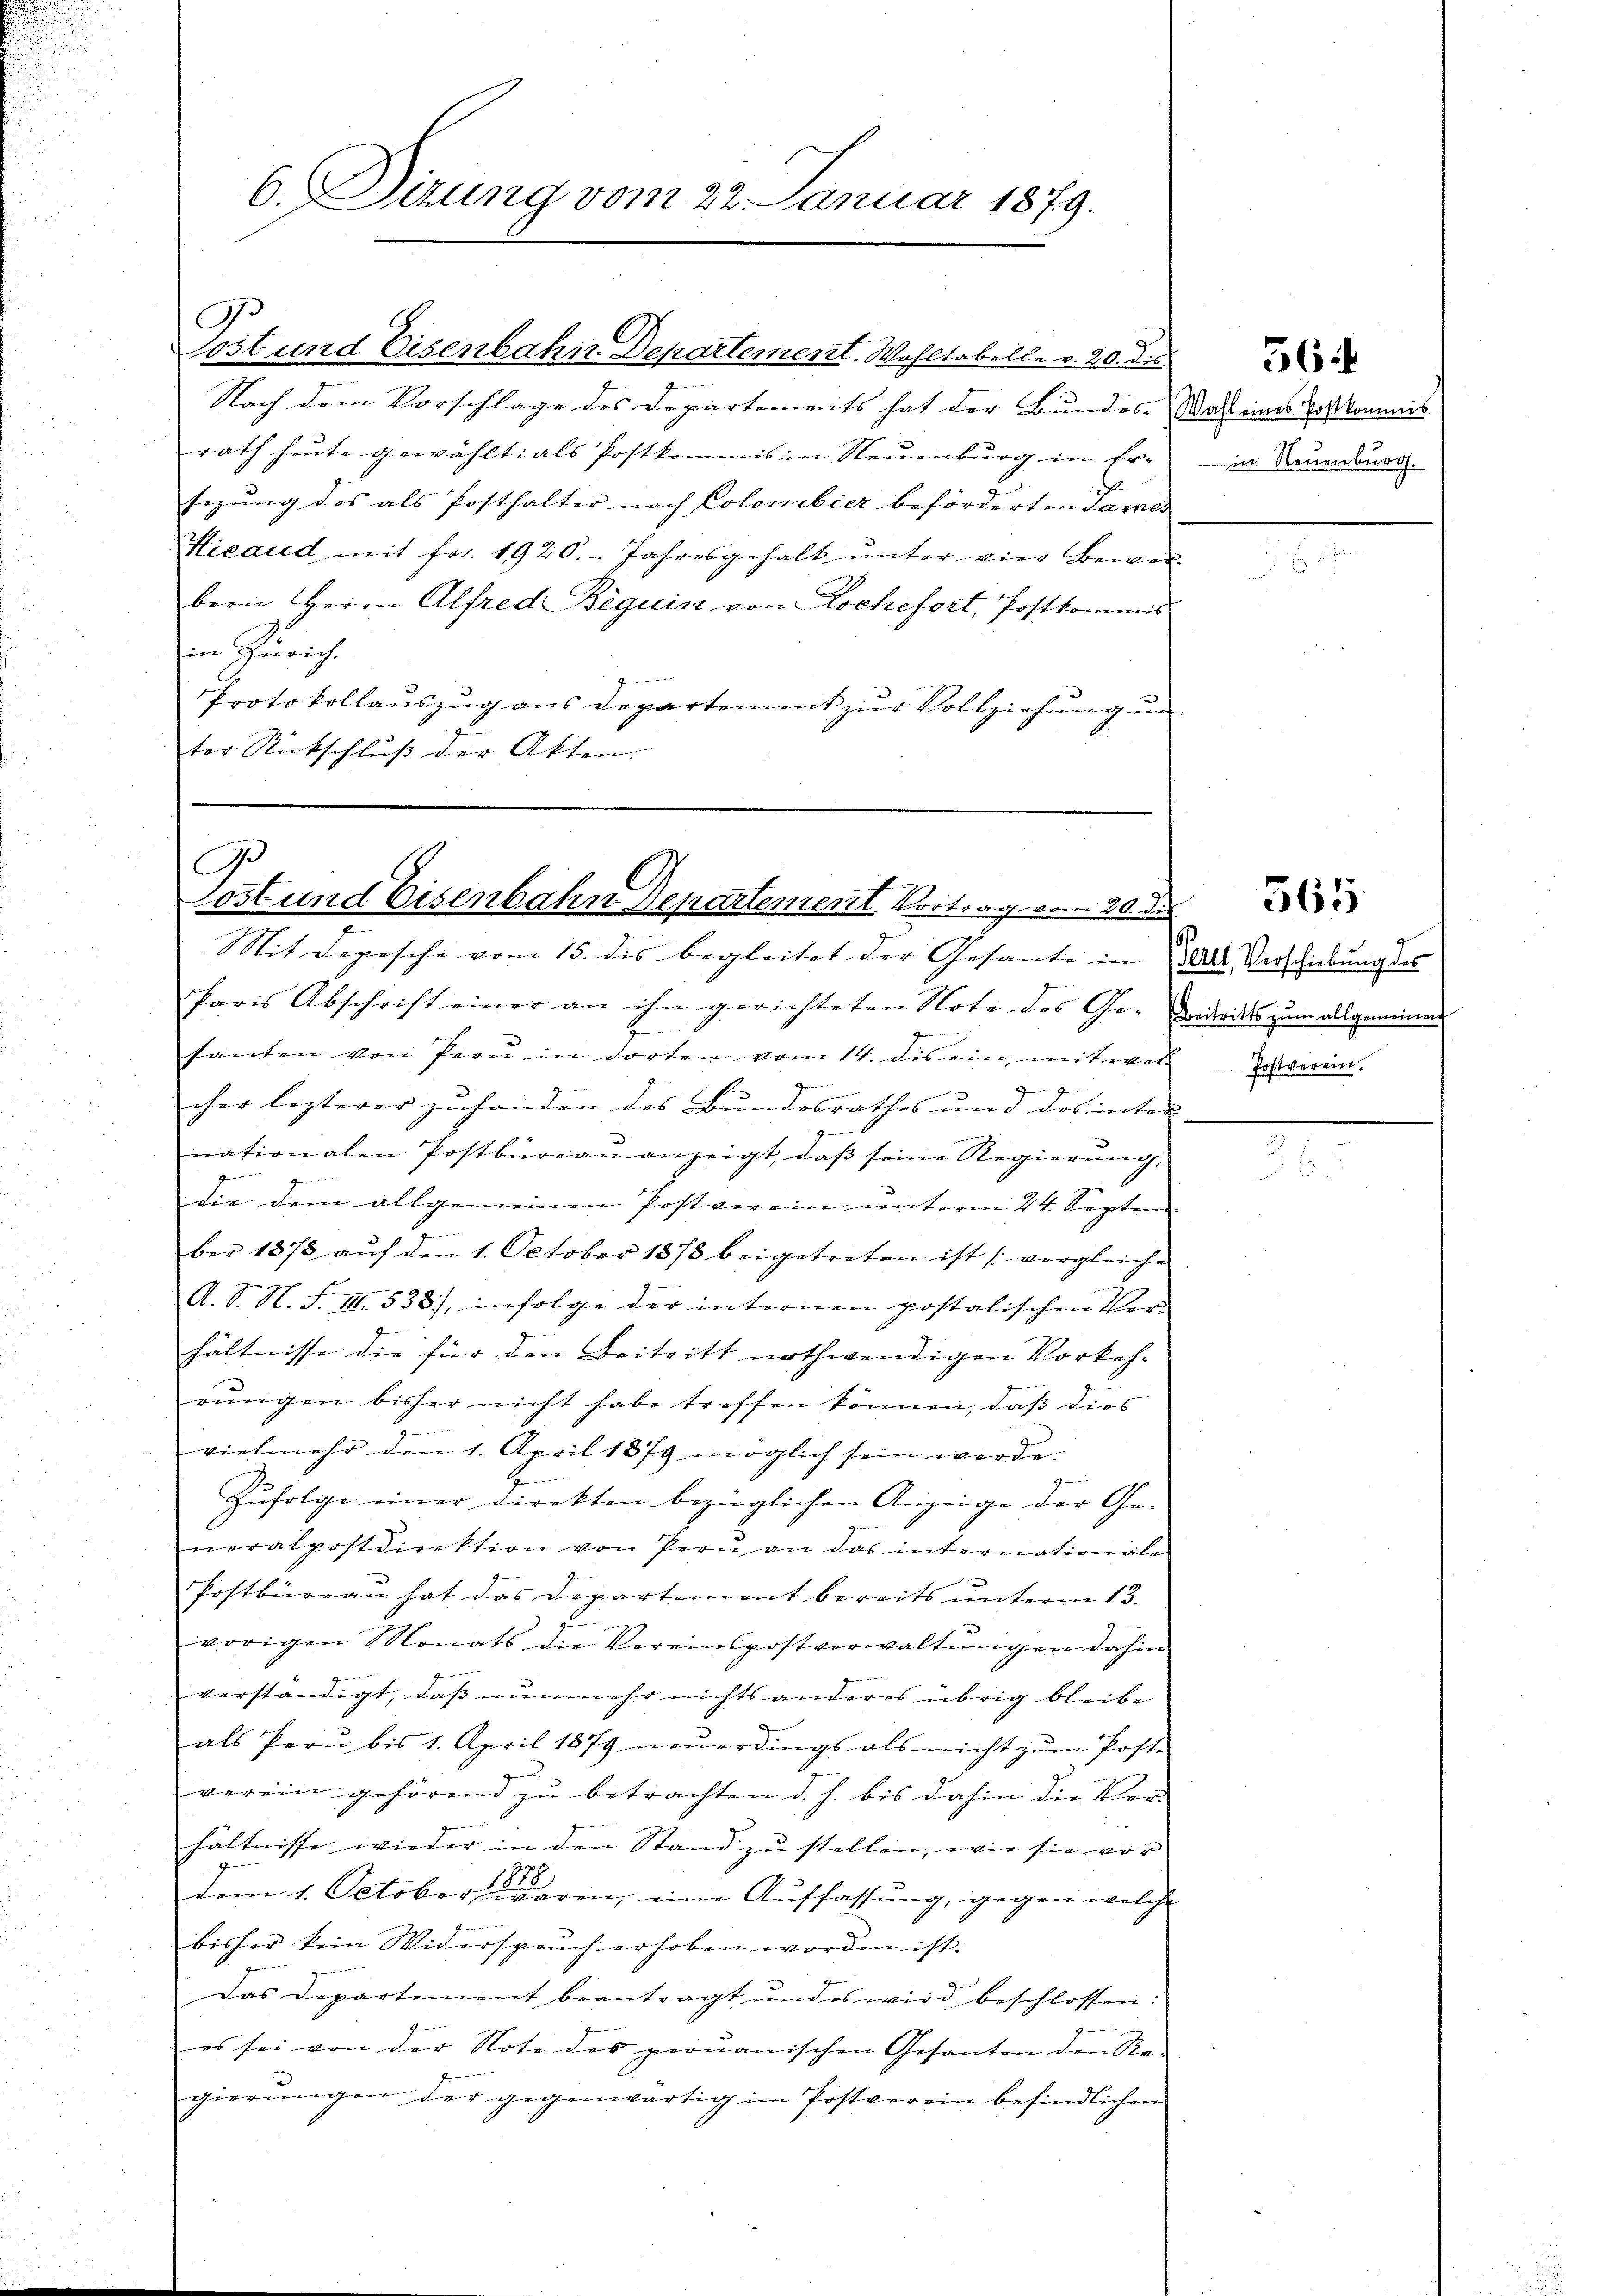
6. Sitzung vom 22. Januar 1879.

ost und Eisenbahn Departement. Wohltabelle v. 20. dis
Nach dem Vorschlage des Departements hat der Bundes-Wacht eines Loskommis
rath heute gewählt: als Postkommis in Neuenburg in Er-
sezung des als Posthalter nach Colonibier beförderten James
Hieaud mit fr. 1920. Jahresgehalt ŭnter vier Bewen-
bern Herrn Alfred Beguin von Rochefort, Postkommis
in Zürich.
Protokollaŭszŭg ans Departement zŭr Vollziehŭng un
ter Rückschluß der Akten.

G.

G
Cost und Eisenbahn Departement Vortrag vom 20. des

Mit Depesche vom 15. des begleitet der Gesante in 2000 Verschickung des
Paris Abschrift einer an ihn gerichteten Note des Ge- Fideiks zum allgemeinen
e
santen von Pern in dorten vom 14. dis ein, mit wel
2
cher lezterer zuhanden des Bundesrathes und des inter-
J
nationalen Postbüreaŭ anzeigt, daβ seine Regierŭng,
die dem allgemeinen Postverein unterm 24. Septem
ber 1878 aŭf den 1. October 1873 beigetreten ist (vergleiche
A. S. N. F. III 538), infolge der internen postalischen Ver-
hältnisse die für den Beitritt nothwendigen Vorkeh-
rŭngen bisher nicht habe treffen können, daß dies
vielmehr den 1. April 1879 möglich sein werde.
.
Zufolge einer Direkten bezüglichen Anzeige der Ge-
neralpostdirektion von Pern an das internationale
Postbüreaŭ hat das Departement bereits ŭnterm 13.
vorigen Monats die Vereinspostverwaltŭngen dahin
verständigt, daß nunmehr nichts anderes übrig bleibe
als Perŭ bis 1. April 1879 neŭerdings als nicht zŭm Post-
verein gehörend zŭ betrachten d. h. bis dahin die Ver-
hältnisse wieder in den Stand zu stellen, wie sie vor
10
dem 1. October waren, eine Auffassung, gegen welche
bisher kein Widerspruch erhoben worden ist.
Das Departement beantragt und es wird beschlossen:
es sei von der Note des peruanischen Gesanten den Re-
gierŭngen der gegenwärtig im Postverein befindlichen

in Neuenburg.

36

Postverein.